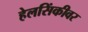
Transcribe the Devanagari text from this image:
हेलसिंकीवर